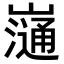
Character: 𡾁